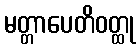
မတ္တာပေတိဝတ္ထု